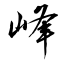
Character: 峰